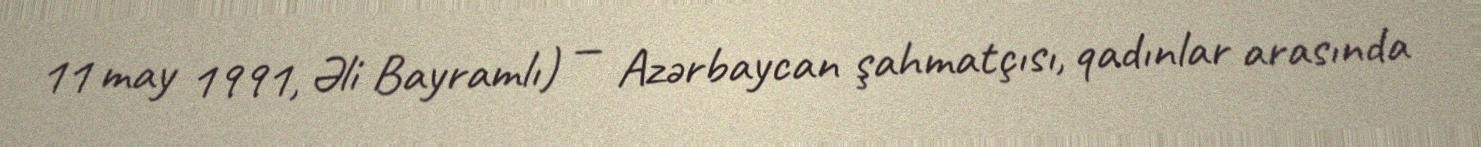
11 may 1991, Əli Bayramlı) — Azərbaycan şahmatçısı, qadınlar arasında